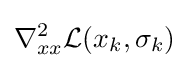
\nabla _{xx}^{2}{\mathcal {L}}(x_{k},\sigma _{k})